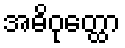
အဓိဝုတ္ထော